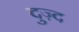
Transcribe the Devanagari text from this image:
दुज़्द